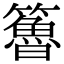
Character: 𥶇